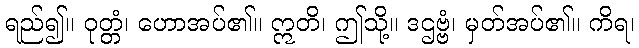
ရည်၍။ ဝုတ္တံ၊ ဟောအပ်၏။ ဣတိ၊ ဤသို့။ ဒဌဗ္ဗံ၊ မှတ်အပ်၏။ ကိရ၊